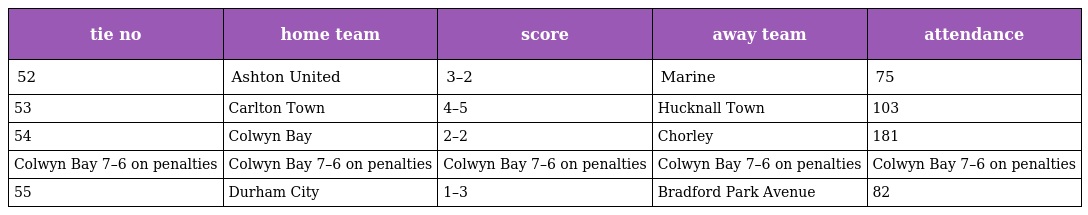
| tie no | home team | score | away team | attendance |
 | --- | --- | --- | --- | --- |
 | 52 | Ashton United | 3–2 | Marine | 75 |
 | 53 | Carlton Town | 4–5 | Hucknall Town | 103 |
 | 54 | Colwyn Bay | 2–2 | Chorley | 181 |
 | Colwyn Bay 7–6 on penalties | Colwyn Bay 7–6 on penalties | Colwyn Bay 7–6 on penalties | Colwyn Bay 7–6 on penalties | Colwyn Bay 7–6 on penalties |
 | 55 | Durham City | 1–3 | Bradford Park Avenue | 82 |